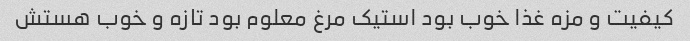
کیفیت و مزه غذا خوب بود استیک مرغ معلوم بود تازه و خوب هستش